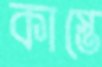
কাস্তে